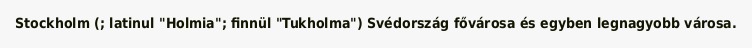
Stockholm (; latinul "Holmia"; finnül "Tukholma") Svédország fővárosa és egyben legnagyobb városa.